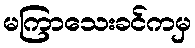
မကြာသေးခင်ကမှ